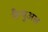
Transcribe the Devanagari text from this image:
मैन्‍युअल